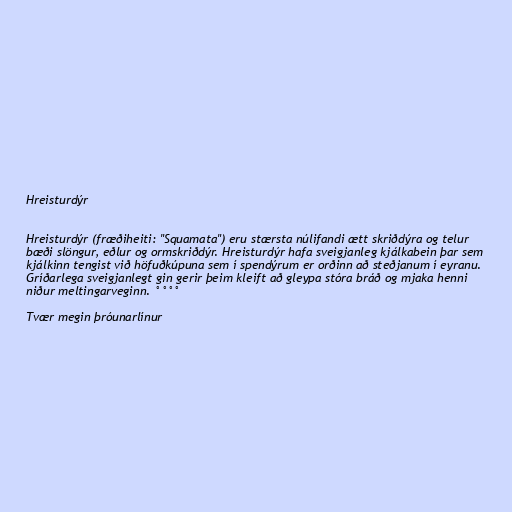
Hreisturdýr

Hreisturdýr (fræðiheiti: "Squamata") eru stærsta núlifandi ætt skriðdýra og telur
bæði slöngur, eðlur og ormskriðdýr. Hreisturdýr hafa sveigjanleg kjálkabein þar sem
kjálkinn tengist við höfuðkúpuna sem í spendýrum er orðinn að steðjanum í eyranu.
Gríðarlega sveigjanlegt gin gerir þeim kleift að gleypa stóra bráð og mjaka henni
niður meltingarveginn. °°°°

Tvær megin þróunarlínur